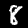
Digit: 8